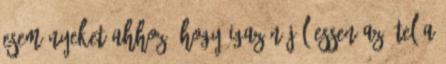
eseményeket ahhoz, hogy igazán jól essen az étel a